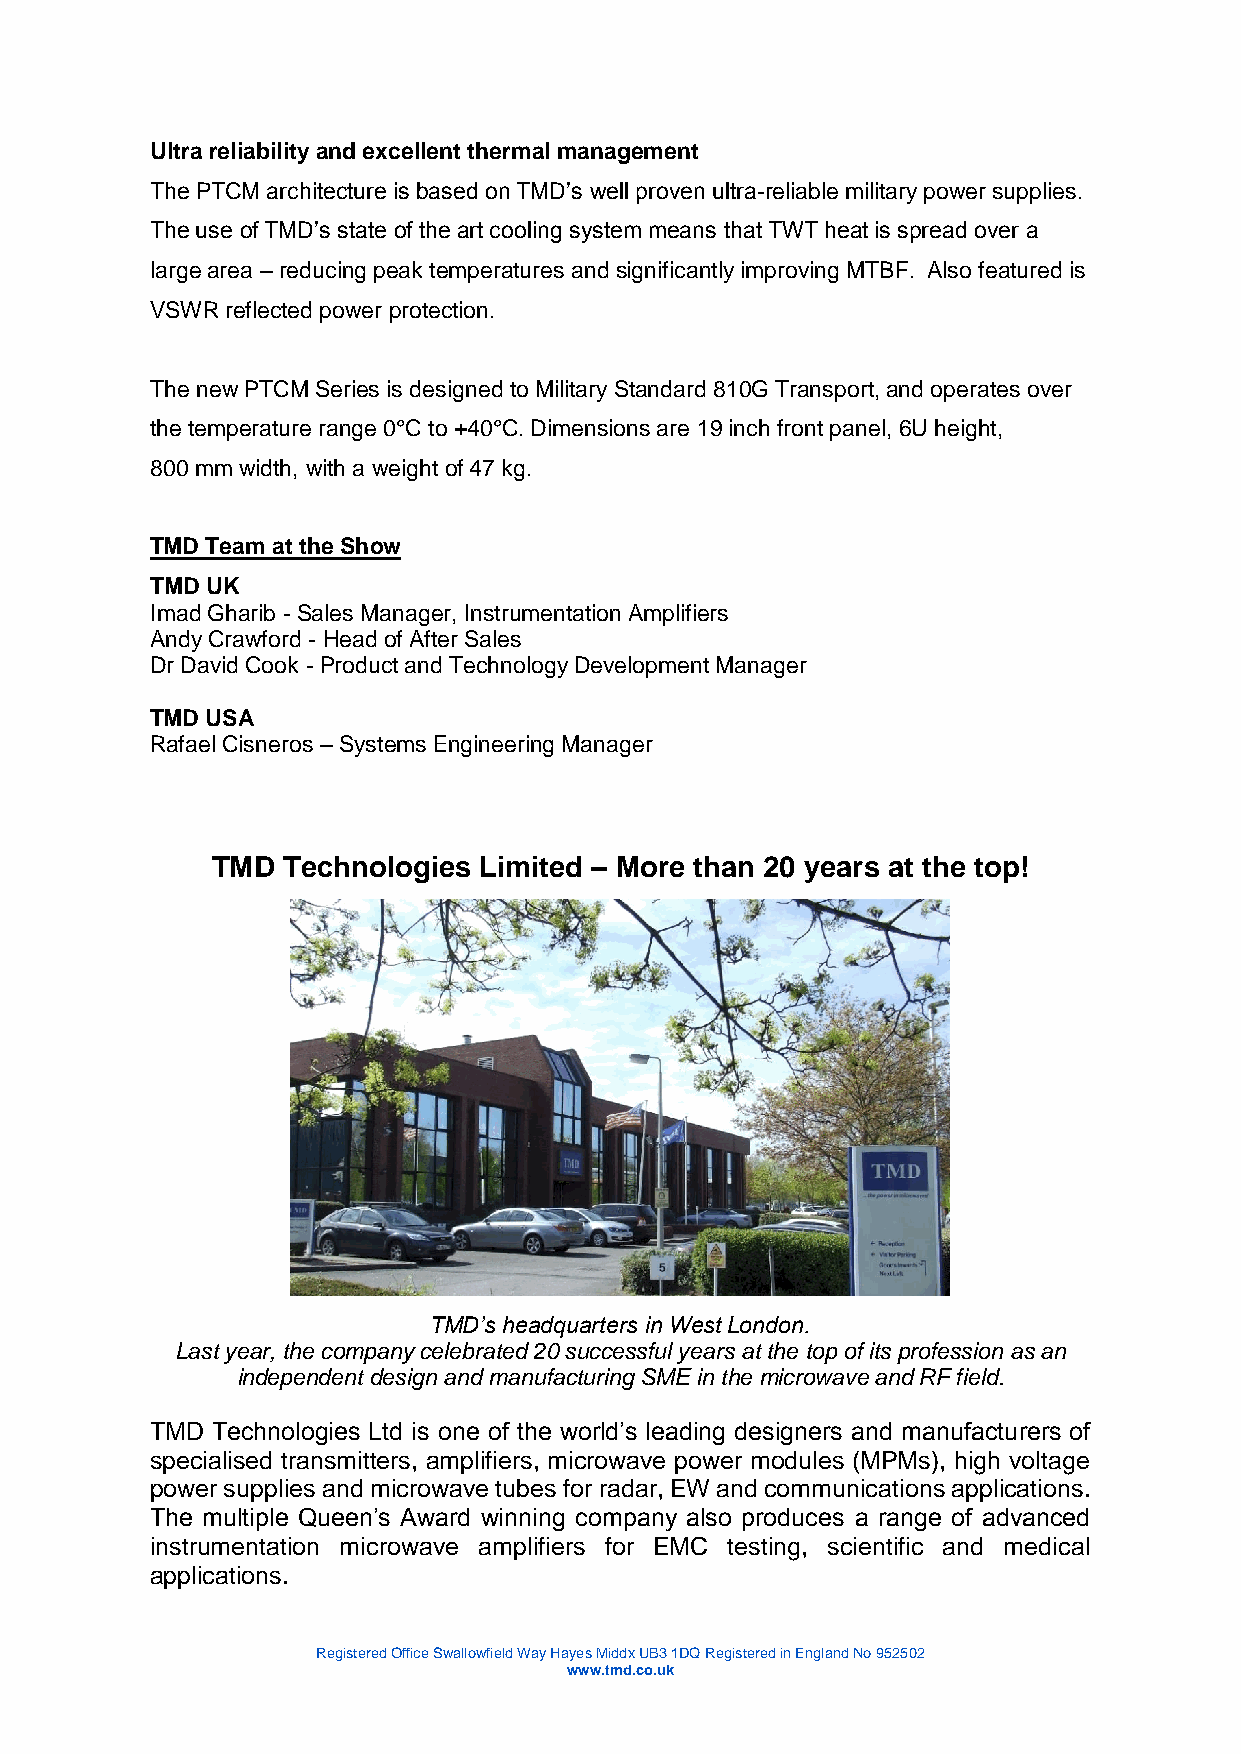
Ultra reliability and excellent thermal management
 The PTCM architecture is based on TMD’s well proven ultra-reliable military power supplies.
 The use of TMD’s state of the art cooling system means that TWT heat is spread over a
 large area – reducing peak temperatures and significantly improving MTBF. Also featured is
 VSWR reflected power protection.
 The new PTCM Series is designed to Military Standard 810G Transport, and operates over
 the temperature range 0°C to +40°C. Dimensions are 19 inch front panel, 6U height,
 800 mm width, with a weight of 47 kg.
 TMD Team at the Show
 TMD UK
 Imad Gharib - Sales Manager, Instrumentation Amplifiers
 Andy Crawford - Head of After Sales
 Dr David Cook - Product and Technology Development Manager
 TMD USA
 Rafael Cisneros – Systems Engineering Manager
 TMD  Technologies Limited – More than 20 years at the top!
 TMD’s headquarters in West London.
 Last year, the company celebrated 20 successful years at the top of its profession as an
 independent design and manufacturing SME in the microwave and RF field.
 TMD Technologies Ltd is one of the world’s leading designers and manufacturers of
 specialised transmitters, amplifiers, microwave power modules (MPMs), high voltage
 power supplies and microwave tubes for radar, EW and communications applications.
 The multiple Queen’s Award winning company also produces a range of advanced
 instrumentation microwave amplifiers for EMC testing, scientific and medical
 applications.
 Registered Office Swallowfield Way Hayes Middx UB3 1DQ Registered in England No 952502
 www.tmd.co.uk